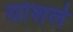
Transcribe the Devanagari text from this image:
सोशले